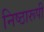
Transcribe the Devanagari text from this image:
निष्ठारूपी